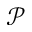
\mathcal { P }